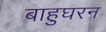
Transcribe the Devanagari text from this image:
बाहुघरन